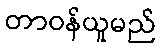
တာဝန်ယူမည်